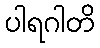
ပါရဂါတိ